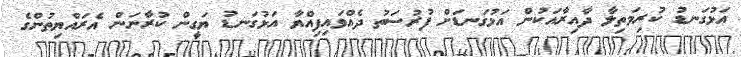
އަޅުގަނޑު ކުރިމަތިލާ ދާއިރާއަކުން އަޅުގަނޑަށް ފުރުސަތު ދެއްވައިފިއްޔާ އަޅުގަނޑު ޔަގީން ކުރާނަން އެރައްޔިތުންގެ